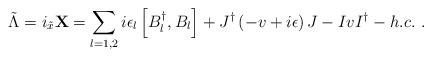
LaTeX: \begin{align*}{\tilde \Lambda}=i_{\tilde x} {\bf X}=\sum_{l=1,2} i\epsilon_l\left[B_l^{\dagger},B_l\right]+J^{\dagger}\left(-v+i\epsilon\right)J-IvI^{\dagger}-h.c.\, \, .\end{align*}